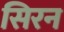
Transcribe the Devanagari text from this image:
सिरन